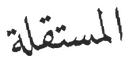
المستقلة